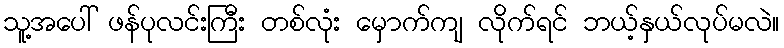
သူ့အပေါ် ဖန်ပုလင်းကြီး တစ်လုံး မှောက်ကျ လိုက်ရင် ဘယ့်နှယ်လုပ်မလဲ။